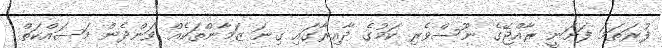
ފުރަތަމަ ފަށަނީ ރާއްޖޭގެ ނޫސްވެރި ކަމުގެ ދާއިރާގައި ގިނަ ޒަމާންތަކެއް ވަންދެން މަސައްކަތް